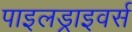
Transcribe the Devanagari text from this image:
पाइलड्राइवर्स